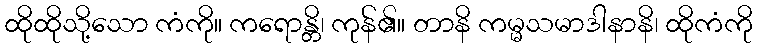
ထိုထိုသို့သော ကံကို။ ကရောန္တိ၊ ကုန်၏။ တာနိ ကမ္မသမာဒါနာနိ၊ ထိုကံကို